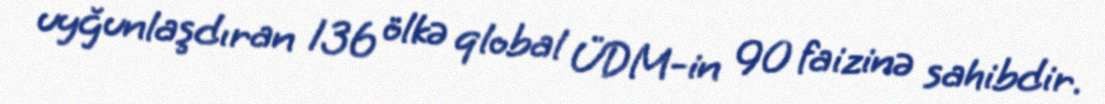
uyğunlaşdıran 136 ölkə qlobal ÜDM-in 90 faizinə sahibdir.